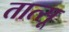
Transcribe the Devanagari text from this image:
तात्सू